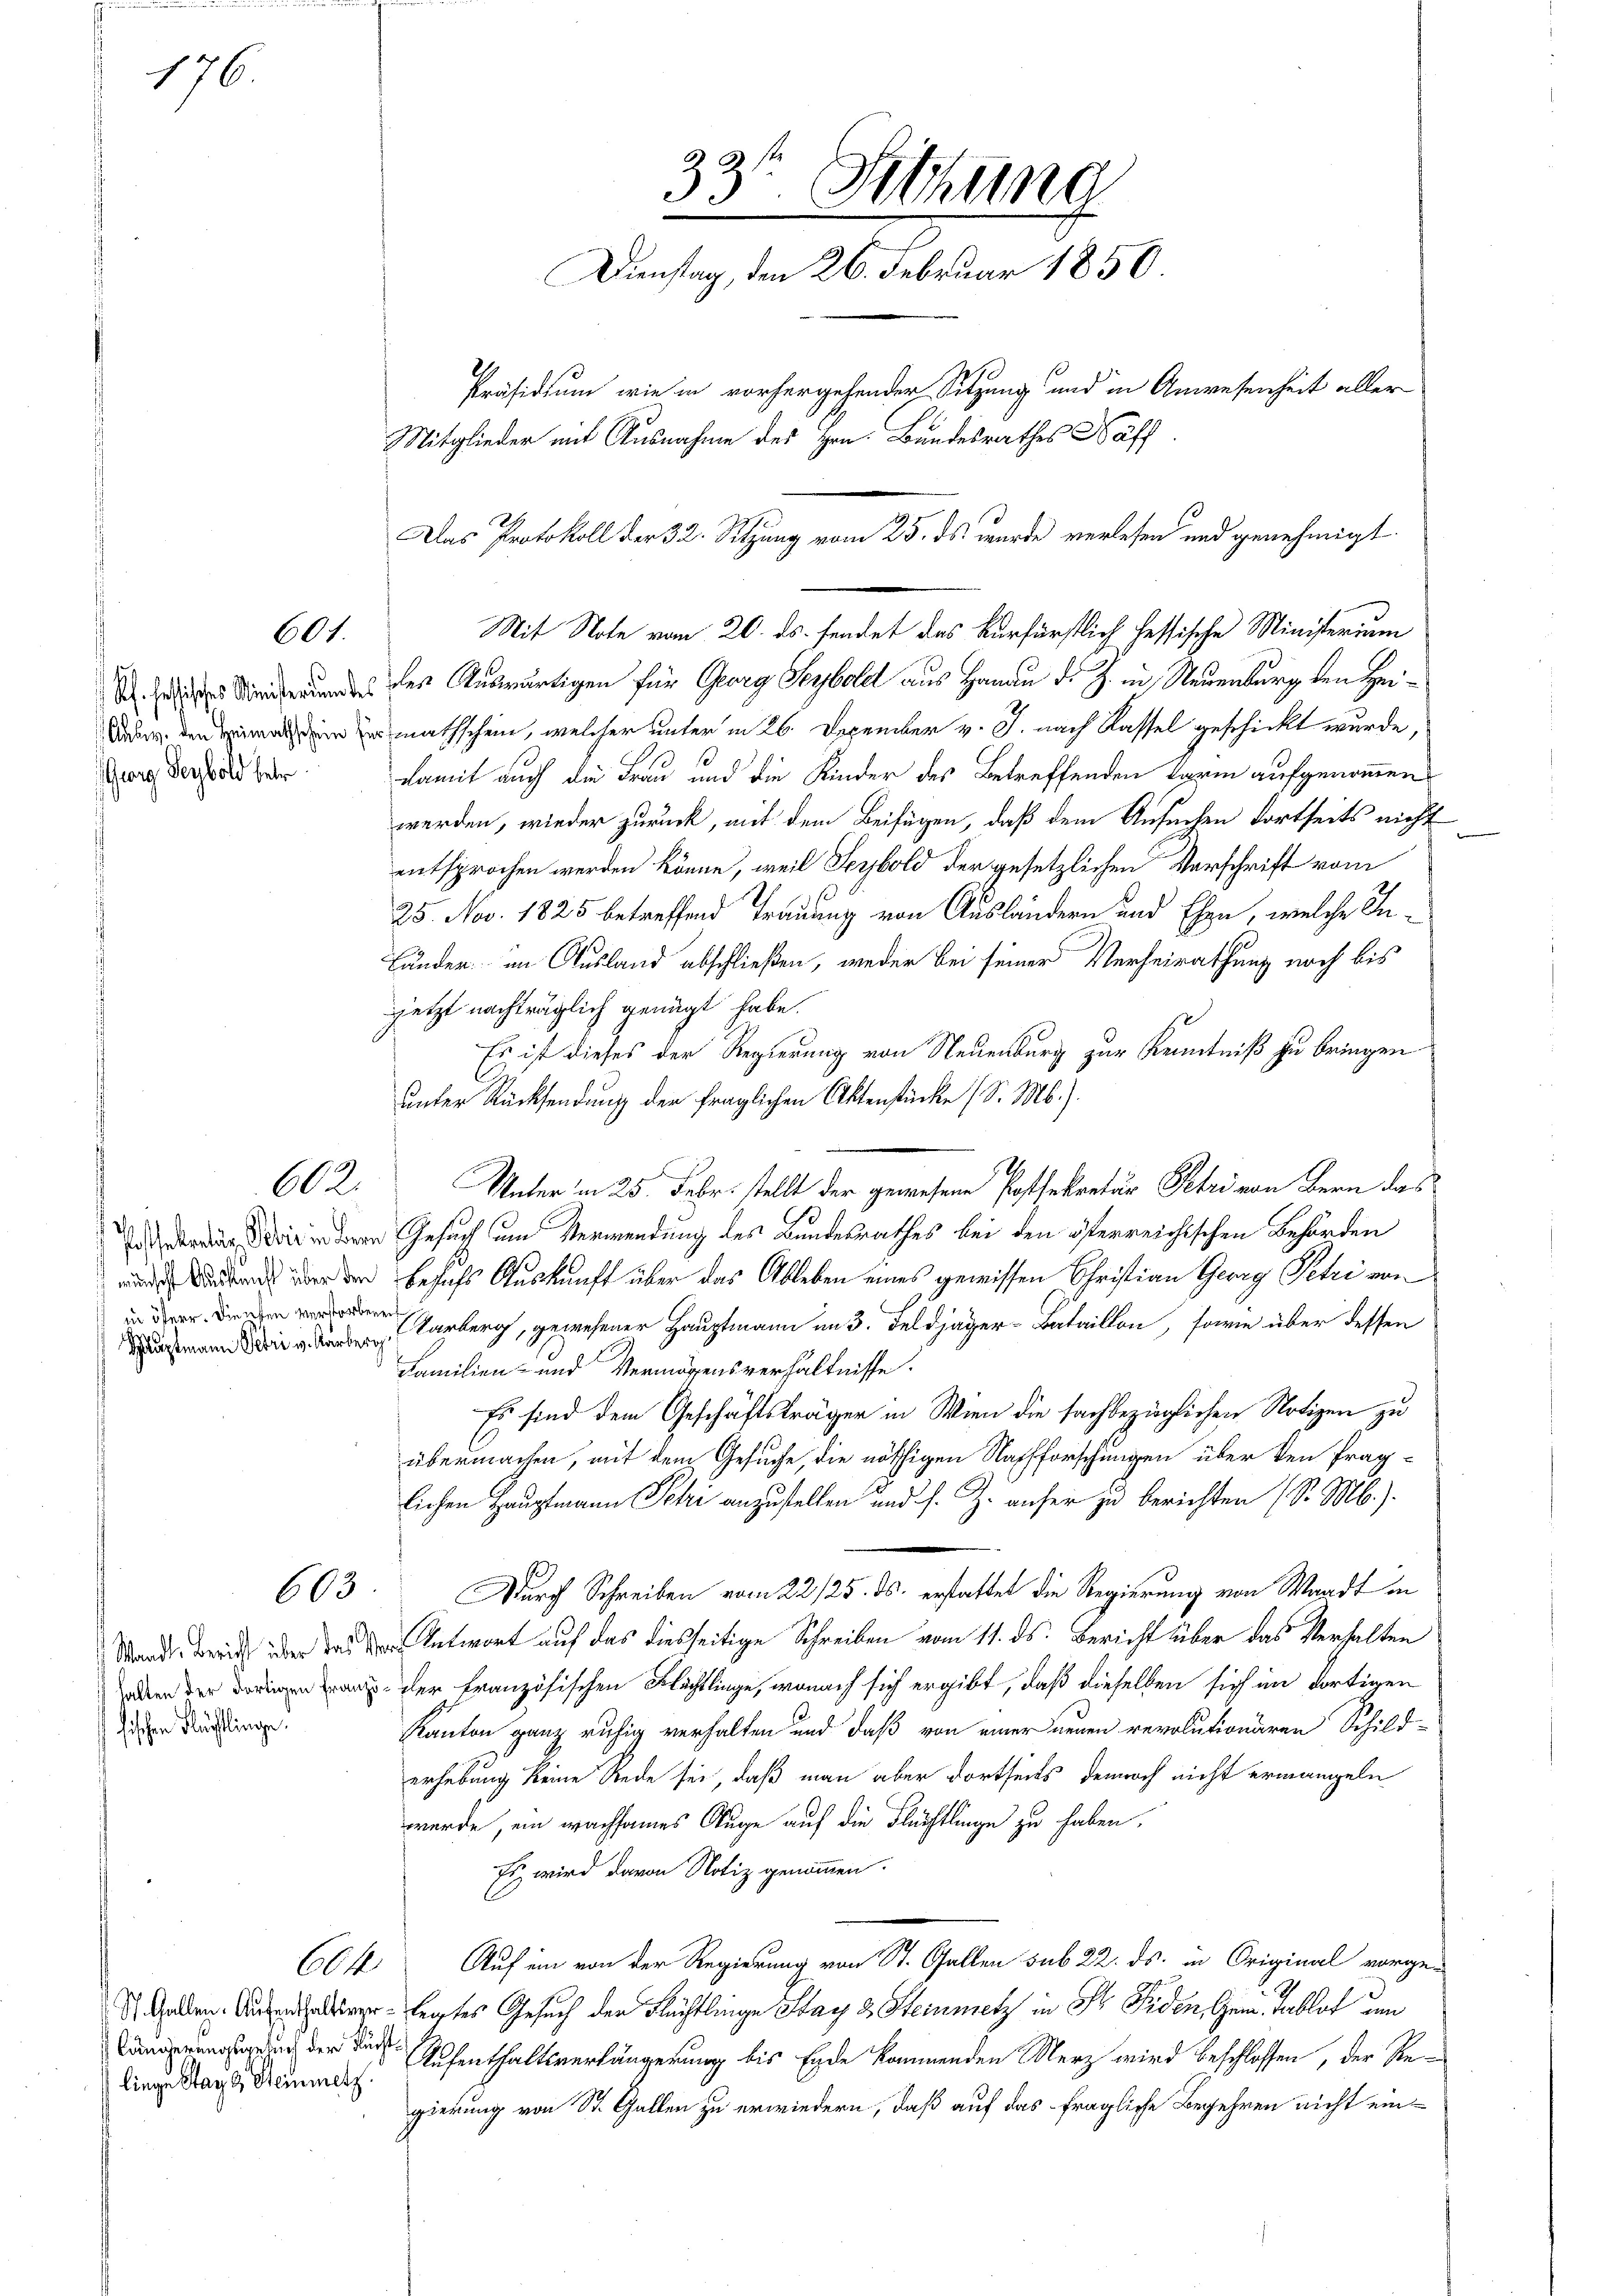
Rh. fessisches Ministerium des
Georg Seybold betr

176.

Possekretär, Rober in der
münscht Auskunft über den
in öferr. Diensten verstorbe
Gauptmann Petri v. Karl,

Standte Bericht über das G
halten der dortigen Franz
hischen Flüchtlinge.

60

602.

603

liege Stand Steinmetz.

33 thung
Dienstag, den 26. Februar 1850
Präsidium wie in vorhergehender Sitzung und in Anwesenheit aller
Mitglieder mit Ausnahme des Hrn. Bundesrathes Näff

Mit Note vom 20. ds. sendet das Kurfürstlich fessische Ministerium
des Auswärtigen für Georg Seyboldt aus Hanau d. J. in Neuenburg den Heidade den nach den mathschein, welcher unter in 26. Dezember v. J. nach Kassel geschickt wurde,
damit auch die Frau und die Kinder des Betreffenden form aufgenommen
werden, wieder zurück, mit dem Beifügen, daß dem Ansuchen dortseits nicht
entsprochen werden könne, weil Seybold der gesetzlichen Vorschrift vom
25. Nov. 1825 betreffend Trauung von Ausländern und Ehen, welche In¬
Bänder im Ausland abschließen, weder bei seiner Verheirathung noch bis
jetzt nachträglich genügt habe.
Es ist dieses der Regierung von Neuenburg zur Kenntniß zu bringen
unter Rücksendung der fraglichen Aktenstücke (S. M.).
Unter in 25. Febr. stellt der gewesene Postsekretär Petri von bern das
Gesuch um Verwendung des Bundesrathes bei den österreichischen Behörden
besuchs Auskunft über das Ableben eines gewissen Christian Georg Petri von
Aarberg, gewesener Hauptmann im 3. Feldjäger-Bataillon, sowie über dessen
Familien- und Vermögensverhältnisse.
Es sind dem Geschäftsträger in Wien die sachbezüglichen Notizen zu
übermachen, mit dem Gesuche, die nöthigen Nachforschungen über den fraglichen Hauptmann Petri anzustellen und s. Z. anher zu berichten (S. Mb.).
Durch Schreiben vom 22/25. ds. erstattet die Regierung von Waadt in
 Antwort auf das diesseitige Schreiben vom 11. ds. Bericht über das Verhalten
 der französischen Flächtlinge, wonach sich ergibt, daß dieselben sich im dortigen
Kanton ganz ruhig verhalten und daß von einer neuen revolutionären Schilderhebung keine Rede sei, daß man aber dortseits dennoch nicht ermangeln
wurde, ein wachsames Auge auf die Flüchtlinge zu haben.
Es wird davon Notiz genommen.
60f Auf ein von der Regierung von St. Gallen sub 22. ds. in Original vorge-
 Gaben. Anderer legtes Gesuch der Flüchtlinge Stay 3 Steinmetz in Dr. Fiden Ger. Tablat am
Längerungspar der der Aufenthaltsverlängerung bis Ende kommenden Merz wird beschlossen, der Regierung von St. Gallen zu erwiedern, daß auf das fragliche Begehren nicht ein¬

Das Protokoll der 32. Sitzung vom 25. ds wurde verlesen und genehmigt